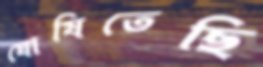
ঘোষিতেছি